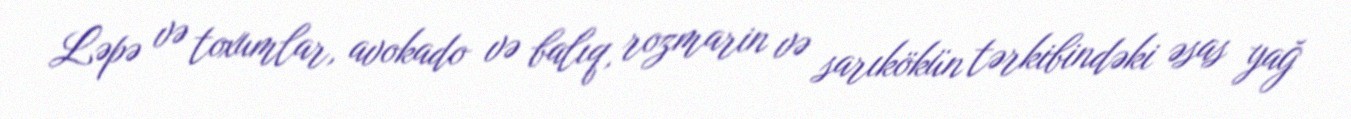
Ləpə və toxumlar, avokado və balıq, rozmarin və sarıkökün tərkibindəki əsas yağ